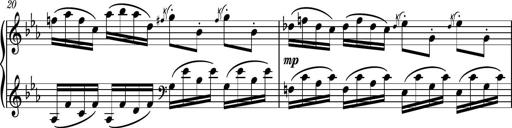
Title: Piano Sonatina No.8
Composer: Dimitri Sykias
Key: F major